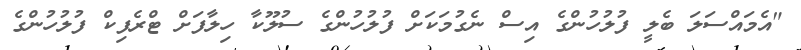
"އެމައްސަލަ ބެލީ ފުލުހުންގެ އިސް ނެގުމަކަށް ފުލުހުންގެ ސުލޫކާ ހިލާފަށް ޓްރެފިކް ފުލުހުންގެ